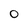
Character: O